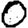
Digit: 0